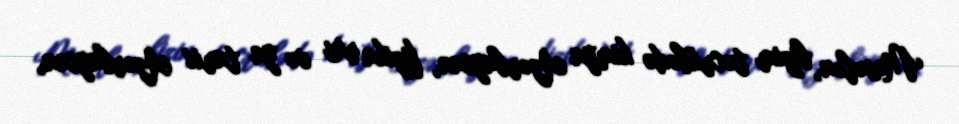
Məsələn, bizim təcrübədə kimya Azərbaycan, fizika rus və ya tarix Azərbaycan,